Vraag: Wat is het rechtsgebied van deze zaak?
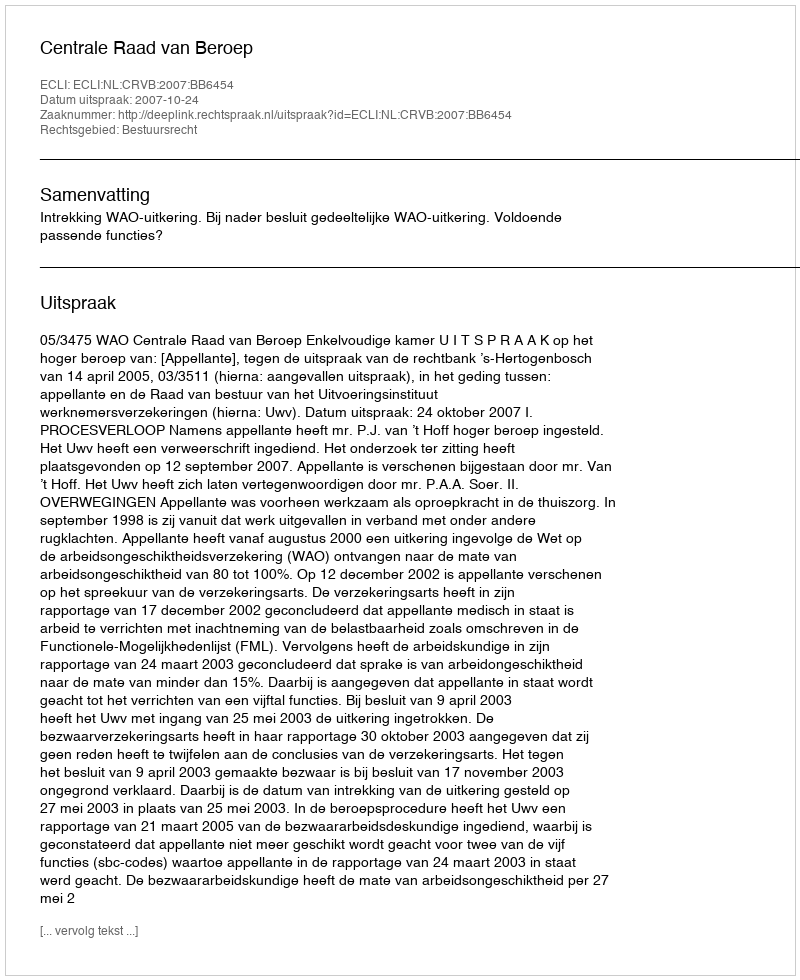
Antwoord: Bestuursrecht